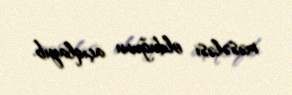
məsələsi olduğunu açıqlayıb.